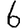
Digit: 6